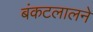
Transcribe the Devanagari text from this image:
बंकटलालने